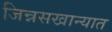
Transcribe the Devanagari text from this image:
जिन्नसखान्यात